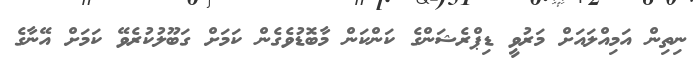
ނިތިން އަމިއްލައަށް މަރުވީ ޑިޕްރެޝަންގެ ކަންކަން މާބޮޑުވެގެން ކަމަށް ގަބޫލުކުރެވޭ ކަމަށް އޭނާގެ